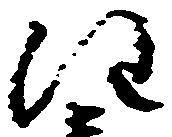
注